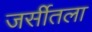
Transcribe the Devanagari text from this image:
जर्सीतला